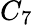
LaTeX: C_{7}